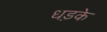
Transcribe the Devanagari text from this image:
धड़के